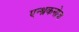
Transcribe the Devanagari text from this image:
एन्थ्रेकनोज